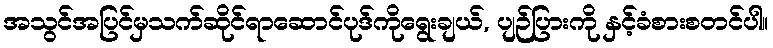
အသွင်အပြင်မှသက်ဆိုင်ရာဆောင်ပုဒ်ကိုရွေးချယ်, ပျဉ်ပြားကို နှင့်ခံစားစတင်ပါ။